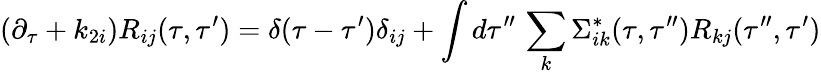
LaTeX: {}(\partial_{\tau}+k_{2i})R_{ij}(\tau,\tau^{\prime})=\delta(\tau-\tau^{\prime})\delta_{ij}+\int d\tau^{\prime\prime}\, \sum_{k}\Sigma_{ik}^{*}(\tau,\tau^{\prime\prime})R_{kj}(\tau^{\prime\prime},\tau^{\prime})